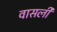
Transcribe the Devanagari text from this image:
वासली